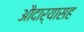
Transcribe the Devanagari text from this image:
औदार्यासह